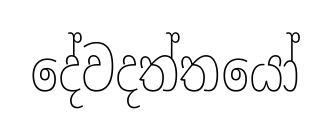
දේවදත්තයෝ